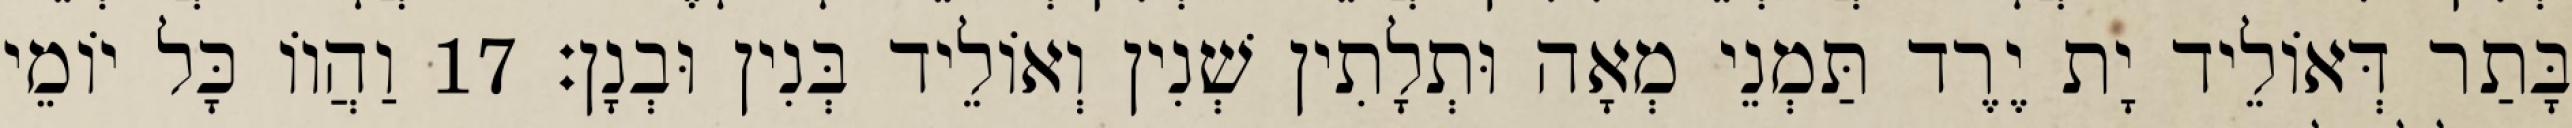
בָּתַר דְּאוֹלֵיד יָת יֶרֶד תַּמְנֵי מְאָה וּתְלָתִין שְׁנִין וְאוֹלֵיד בְּנִין וּבְנָן׃ 17 וַהֲווֹ כָּל יוֹמֵי